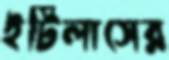
ইটিলাসের